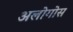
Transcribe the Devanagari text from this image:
अलोगोस